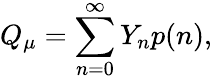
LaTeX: Q_{\mu}=\sum_{n=0}^{\infty}Y_{n}p(n),